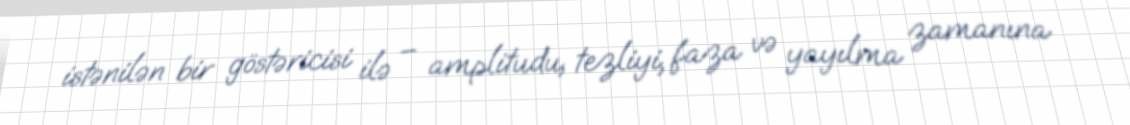
istənilən bir göstəricisi ilə – amplitudu, tezliyi, faza və yayılma zamanına